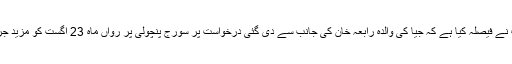
بھارتی ہائی کورٹ نے فیصلہ کیا ہے کہ جیا کی والدہ رابعہ خان کی جانب سے دی گئی درخواست پر سورج پنچولی پر رواں ماہ 23 اگست کو مزید جراح کی جائے گی ۔